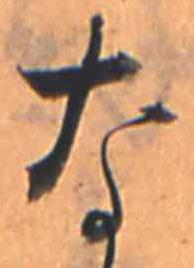
な